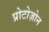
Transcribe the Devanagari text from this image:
प्रोटोज़ोन